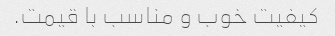
کیفیت خوب و مناسب با قیمت.